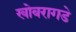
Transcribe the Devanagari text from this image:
खोबरागडे